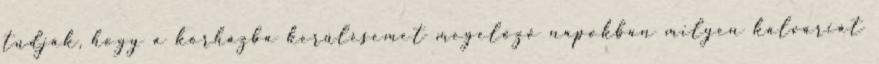
tudják, hogy a kórházba kerülésemet megelőző napokban milyen kálváriát